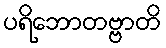
ပရိဘောတဗ္ဗာတိ